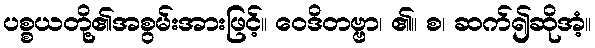
ပစ္စယတို့၏အစွမ်းအားဖြင့်။ ဝေဒိတဗ္ဗာ၊ ၏။ စ၊ ဆက်၍ဆိုအံ့။